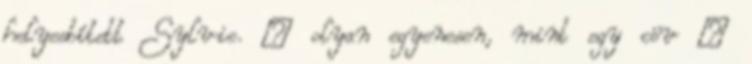
helyesbített Sylvie. – olyan egyenesen, mint egy cöv –